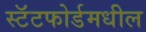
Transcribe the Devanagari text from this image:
स्टॅटफोर्डमधील